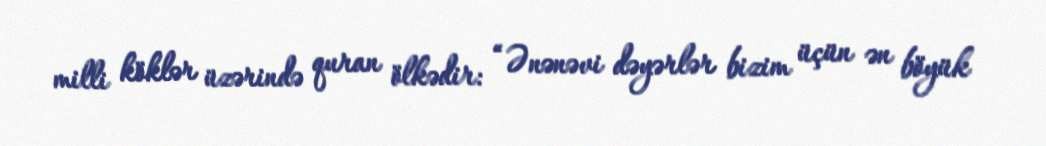
milli köklər üzərində quran ölkədir: “Ənənəvi dəyərlər bizim üçün ən böyük